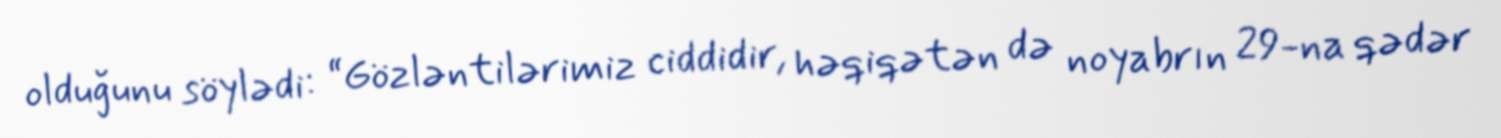
olduğunu söylədi: “Gözləntilərimiz ciddidir, həqiqətən də noyabrın 29-na qədər